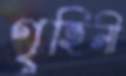
গৃহিনী